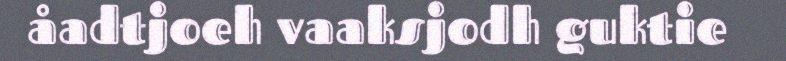
åadtjoeh vaaksjodh guktie